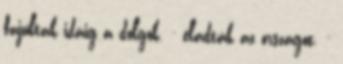
fajultak idáig a dolgok. - eladták az országot. -